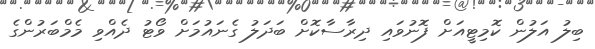
ބިލު އަލުން ކޮމިޓީއަށް ފޮނުވައި ދިރާސާކޮށް ބަދަލު ގެނައުމަށް ވޯޓު ދެއްވި މެމްބަރުންގެ